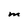
Character: M